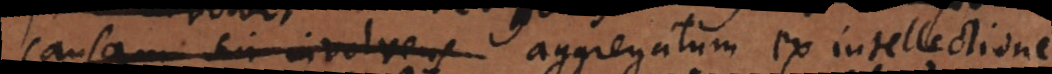
causam sui involvens aggregatum ex intellectione